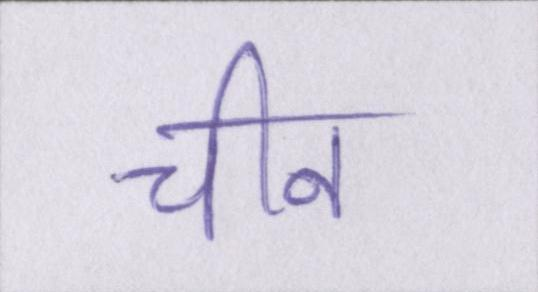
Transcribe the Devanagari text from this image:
चीन